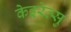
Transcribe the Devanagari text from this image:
केइरेत्सु